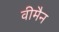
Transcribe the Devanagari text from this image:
वीमैन